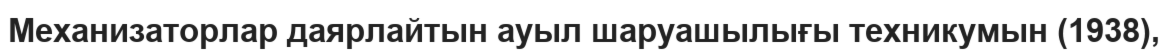
Механизаторлар даярлайтын ауыл шаруашылығы техникумын (1938),